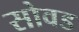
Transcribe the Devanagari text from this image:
सोवड